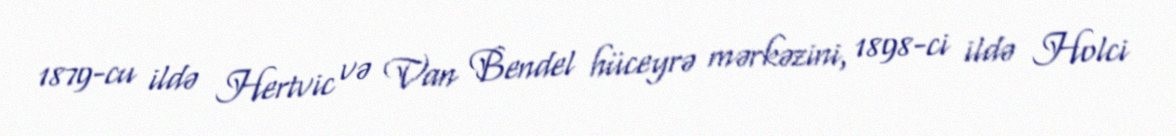
1879-cu ildə Hertvic və Van Bendel hüceyrə mərkəzini, 1898-ci ildə Holci